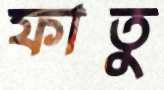
ফাতু